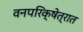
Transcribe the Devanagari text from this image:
वनपरिक्षेत्रात